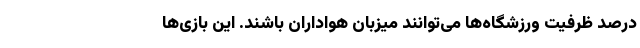
درصد ظرفیت ورزشگاه‌ها می‌توانند میزبان هواداران باشند. این بازی‌ها